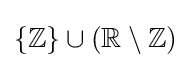
\{\mathbb {Z} \}\cup (\mathbb {R} \setminus \mathbb {Z} )